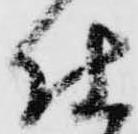
仕